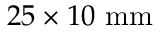
2 5 \times 1 0 ~ \mathrm { m m }